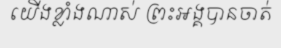
យើងខ្លាំងណាស់ ព្រះអង្គបានចាត់